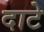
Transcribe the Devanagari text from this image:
दाटे